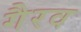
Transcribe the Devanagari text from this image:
गैरव